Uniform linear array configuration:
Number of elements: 8
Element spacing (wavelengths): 0.75
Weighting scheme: hann
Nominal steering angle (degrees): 60
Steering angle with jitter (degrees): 60.646
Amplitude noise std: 0.05
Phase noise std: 0.05

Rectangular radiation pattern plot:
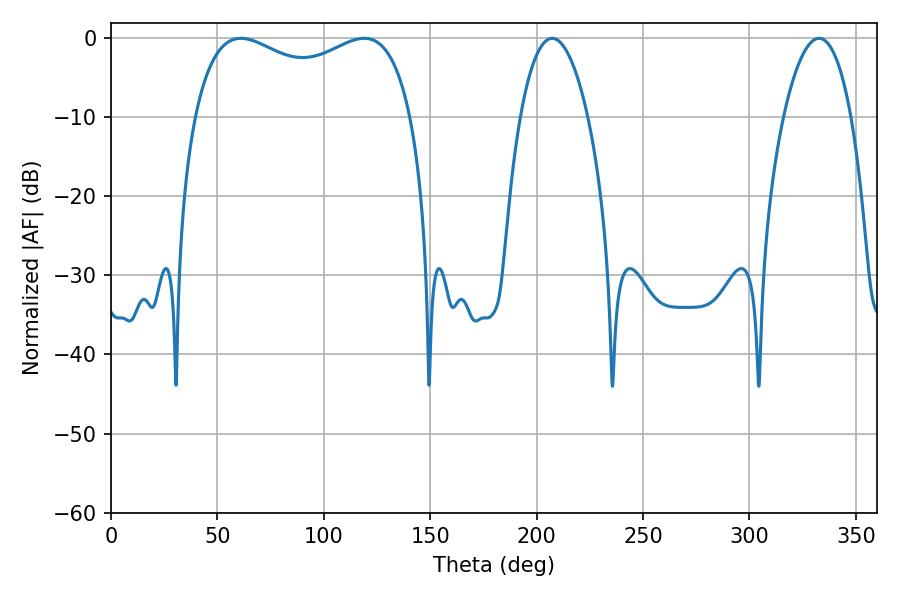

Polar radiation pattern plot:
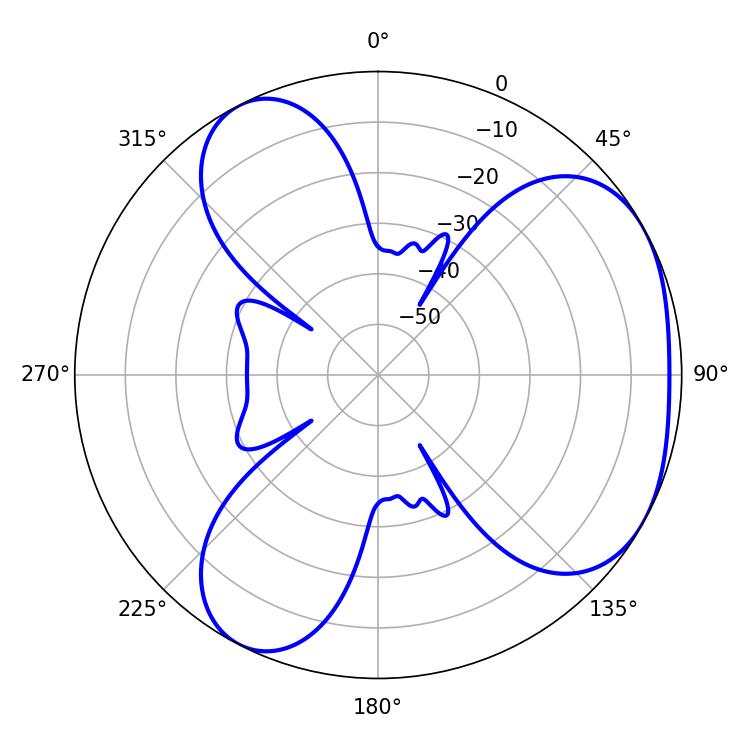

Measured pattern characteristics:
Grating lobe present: TRUE
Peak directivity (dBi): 3.968
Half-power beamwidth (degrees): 84.6
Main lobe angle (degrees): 61.02